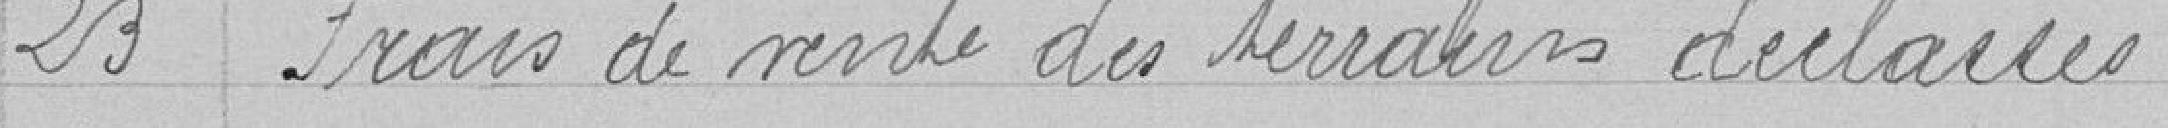
23 Frais de vente des terrains déclassés